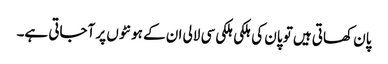
پان کھاتی ہیں تو پان کی ہلکی ہلکی سی لالی ان کے ہونٹوں پر آجاتی ہے۔